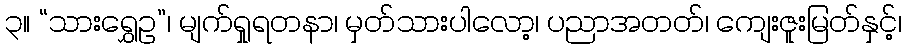
၃။ “သားရွှေဥ”၊ မျက်ရှုရတနာ၊ မှတ်သားပါလော့၊ ပညာအတတ်၊ ကျေးဇူးမြတ်နှင့်၊